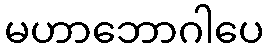
မဟာဘောဂါပေ